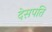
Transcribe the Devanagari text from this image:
देसपति